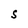
Character: S